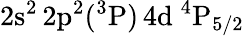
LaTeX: \mathrm{2s^{2}\, 2p^{2}(^{3}P)\, 4d~^{4}P_{5/2}}